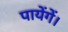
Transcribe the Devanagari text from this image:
पायेंगें।